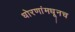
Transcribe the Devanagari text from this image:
धोरणांमधूनच